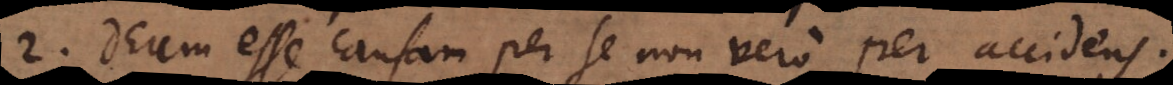
2. Deum esse causam per se non vero per accidens.